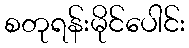
စတုရန်းမိုင်ပေါင်း